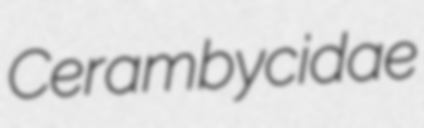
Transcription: Cerambycidae